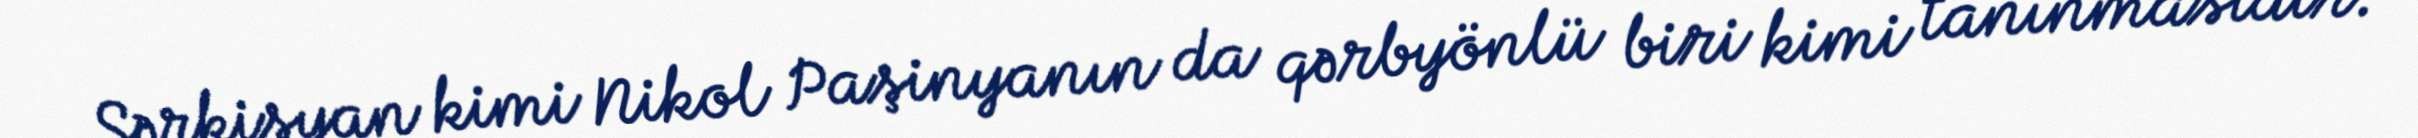
Sərkisyan kimi Nikol Paşinyanın da qərbyönlü biri kimi tanınmasıdır.